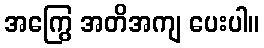
အကြွေ အတိအကျ ပေးပါ။